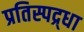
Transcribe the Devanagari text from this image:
प्रतिस्पद्र्धा